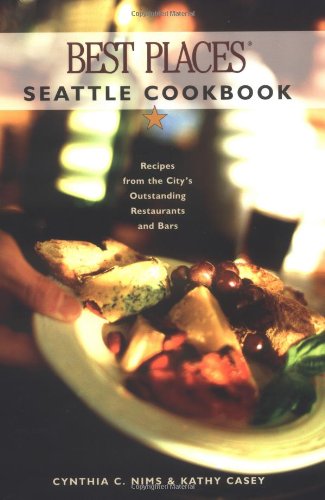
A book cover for Best Places Seattle Cookbook: Recipes from the City's Outstanding Restaurants and Bars; Cynthia Nims; Cookbooks, Food & Wine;